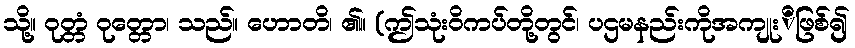
သို့။ ဝုတ္တံ ဝုတ္တော၊ သည်။ ဟောတိ၊ ၏။ (ဤသုံးဝိကပ်တို့တွင်၊ ပဌမနည်းကိုအကျုးိဖြစ်၍